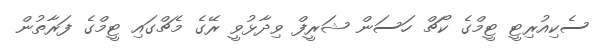
ސެކިއުރިޓީ ޓީމްގެ ކޯޗް ހަސަން ޝަރީފް ވިދާޅުވީ ރޭގެ މެޗްގައި ޓީމްގެ ފަރާތުން